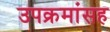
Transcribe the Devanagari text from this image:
उपक्रमांसह